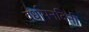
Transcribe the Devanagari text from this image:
वर्धापनदिनी